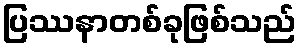
ပြဿနာတစ်ခုဖြစ်သည်